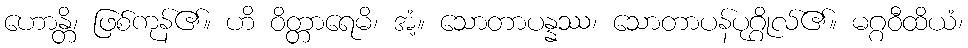
ဟောန္တိ၊ ဖြစ်ကုန်၏။ ဟိ ဝိတ္တာရေမိ၊ အံ့။ သောတာပန္နဿ၊ သောတာပန်ပုဂ္ဂိုလ်၏။ မဂ္ဂဝီထိယံ၊